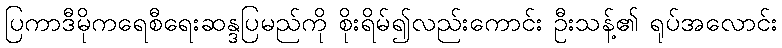
ပြကာဒီမိုကရေစီရေးဆန္ဒပြမည်ကို စိုးရိမ်၍လည်းကောင်း ဦးသန့်၏ ရုပ်အလောင်း